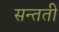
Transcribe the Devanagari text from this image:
सन्तती